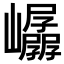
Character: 𫶤